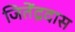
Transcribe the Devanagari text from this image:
जितेंद्रदास